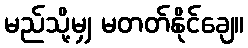
မည်သို့မျှ မတတ်နိုင်ချေ။